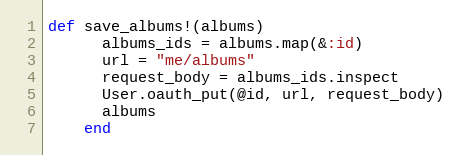
Language: Ruby
def save_albums!(albums)
      albums_ids = albums.map(&:id)
      url = "me/albums"
      request_body = albums_ids.inspect
      User.oauth_put(@id, url, request_body)
      albums
    end